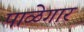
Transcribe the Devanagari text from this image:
पाळेगार